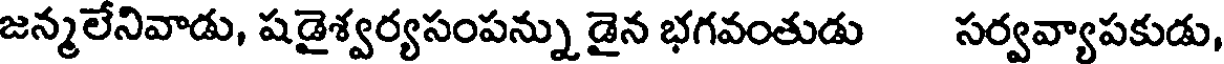
జన్మలేనివాడు, షడైశ్వర్యసంపన్ను డైన భగవంతుడు సర్వవ్యాపకుడు,